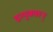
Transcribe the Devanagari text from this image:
इत्युक्वान्